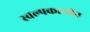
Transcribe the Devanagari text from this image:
स्वल्पकालीन